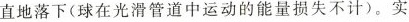
直地落下(球在光滑管道中运动的能量损失不计)。实